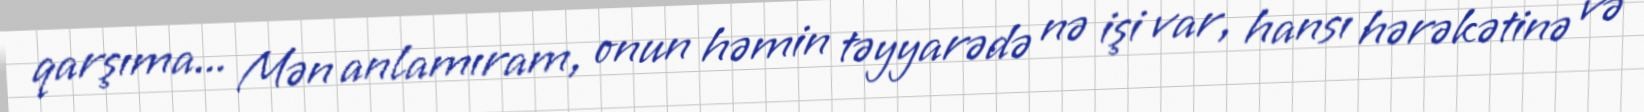
qarşıma... Mən anlamıram, onun həmin təyyarədə nə işi var, hansı hərəkətinə və